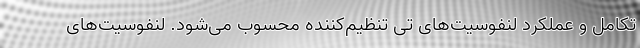
تکامل و عملکرد لنفوسیت‌های تی تنظیم‌کننده محسوب می‌شود. لنفوسیت‌های